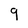
Character: 9